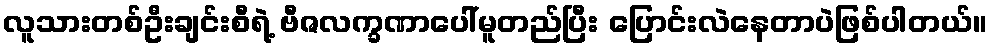
လူသားတစ်ဦးချင်းစီရဲ့ ဗီဇလက္ခဏာပေါ်မူတည်ပြီး ပြောင်းလဲနေတာပဲဖြစ်ပါတယ်။